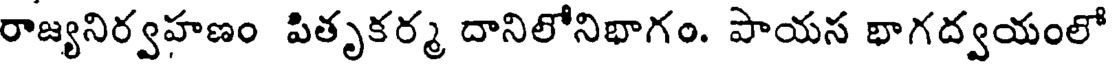
రాజ్యనిర్వహణం పితృకర్మ దానిలోనిభాగం. పాయస భాగద్వయంలో